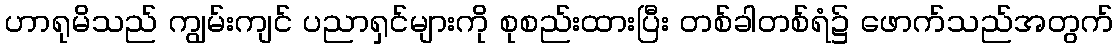
ဟာရုမိသည် ကျွမ်းကျင် ပညာရှင်များကို စုစည်းထားပြီး တစ်ခါတစ်ရံ၌ ဖောက်သည်အတွက်